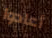
أعادوا